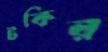
টকির